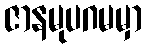
ဇာနမုပဂမမှာ